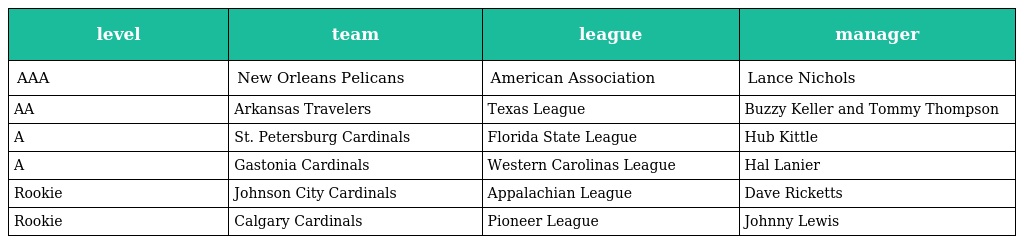
| level | team | league | manager |
 | --- | --- | --- | --- |
 | AAA | New Orleans Pelicans | American Association | Lance Nichols |
 | AA | Arkansas Travelers | Texas League | Buzzy Keller and Tommy Thompson |
 | A | St. Petersburg Cardinals | Florida State League | Hub Kittle |
 | A | Gastonia Cardinals | Western Carolinas League | Hal Lanier |
 | Rookie | Johnson City Cardinals | Appalachian League | Dave Ricketts |
 | Rookie | Calgary Cardinals | Pioneer League | Johnny Lewis |